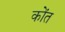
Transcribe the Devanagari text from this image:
कोंत